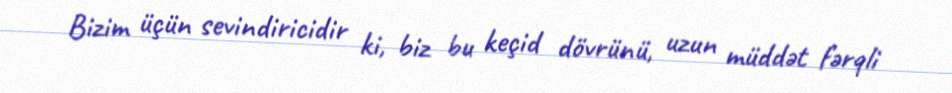
Bizim üçün sevindiricidir ki, biz bu keçid dövrünü, uzun müddət fərqli